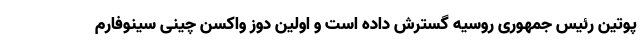
پوتین رئیس جمهوری روسیه گسترش داده است و اولین دوز واکسن چینی سینوفارم